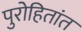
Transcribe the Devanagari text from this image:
पुरोहितांत